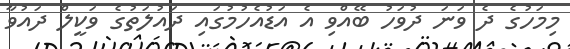
މިމަހުގެ ދެ ވަނަ ދުވަހު ބޭއްވި އެ އަޑުއެހުމުގައި ދައުލަތުގެ ވަކީލް ދައުވާ